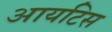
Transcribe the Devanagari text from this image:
आयटिस